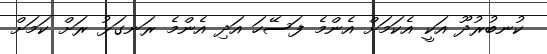
ކުނބުރުދޫ އަކީ އެކަމަށް އެންމެ ފަސޭހަ އަދި އެންމެ ރަނގަޅު ރަށް ކަމަށް